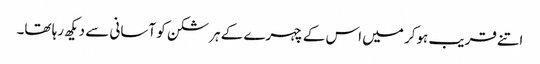
اتنے قریب ہوکر میں اس کے چہرے کے ہر شکن کو آسانی سے دیکھ رہا تھا۔